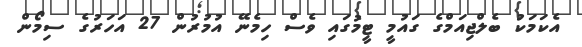
އެކަމަކު ބެލްޖިއަމްގެ ގައުމީ ޓީމުގައި ވެސް ހިމެނޭ އުމުރުން 27 އަހަރުގެ ސިމޯން